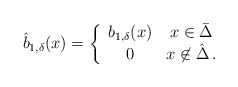
\begin{align*}\hat{b}_{1,\delta}(x) =\left\{\begin{array}{cc}b_{1,\delta}(x) & x \in \bar \Delta\\0 & x \not\in \hat \Delta\,.\end{array} \right.\end{align*}